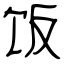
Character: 饭